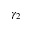
\gamma _ { 2 }